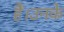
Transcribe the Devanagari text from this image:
हैं।उनके